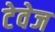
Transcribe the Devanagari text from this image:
टेवेज